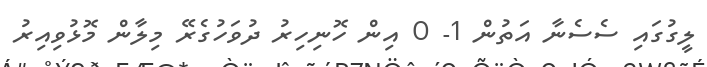
ލީގުގައި ސެސެނާ އަތުން 1- 0 އިން ހޮނިހިރު ދުވަހުގެރޭ މިލާން މޮޅުވިއިރު